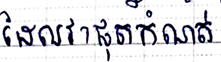
ដែលវាផុតកំណត់